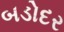
બડોદર